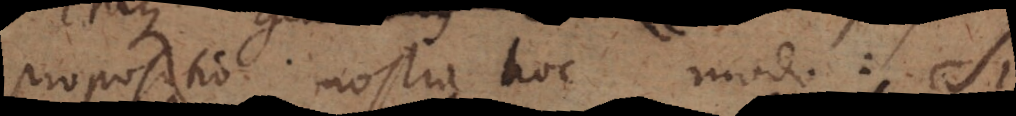
propositio nostra hoc modo: si